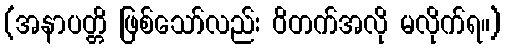
(အနာပတ္တိ ဖြစ်သော်လည်း ဝိတက်အလို မလိုက်ရ။)